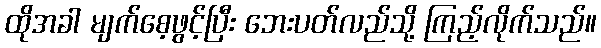
ထိုအခါ မျက်စေ့ဖွင့်ပြီး ဘေးပတ်လည်သို့ ကြည့်လိုက်သည်။